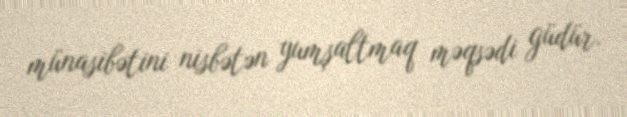
münasibətini nisbətən yumşaltmaq məqsədi güdür.